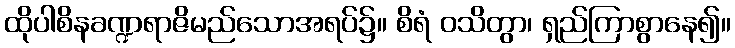
ထိုပါစိနခဏ္ဍရာဇိမည်သောအရပ်၌။ စိရံ ဝသိတွာ၊ ရှည်ကြာစွာနေ၍။